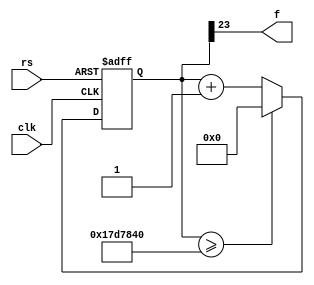
`timescale 1ns / 1ps
//////////////////////////////////////////////////////////////////////////////////
// Company: 
// Engineer: 
// 
// Design Name: 
// Module Name:    clock_2hz 
// Project Name: 
// Target Devices: 
// Tool versions: 
// Description: 
//
// Dependencies: 
//
// Revision: 
// Revision 0.01 - File Created
// Additional Comments: 
//
//////////////////////////////////////////////////////////////////////////////////
module clock_2hz
#(parameter N= 30, M = 25000000) // for 50Mhz
( input wire clk,rs,
 output wire f
 );
// signal declaration
reg [N-1:0] r_reg;
wire [N-1:0] r_next;
// body, register
always @(posedge clk,posedge rs)
if(rs)
r_reg<=0;
else
r_reg<=r_next;

assign r_next = (r_reg>=M)?0:r_reg + 1;

//assign f=(r_reg<M/2)?1:0;
assign f=r_reg[23];
endmodule